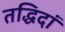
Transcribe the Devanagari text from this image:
तद्धिदां